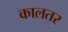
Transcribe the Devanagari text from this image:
कालतर